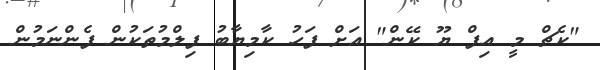
"ކެޗް މީ އިފް ޔޫ ކޭން" އަށް ފަހު ކާމިޔާބު ފިލްމުތަކުން ފެންނަމުން